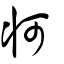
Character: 牁